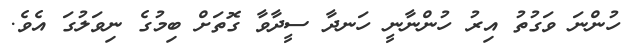
ހުންނަ ވަގުތު އިރު ހުންނާނީ ހަނދާ ސީދާވާ ގޮތަށް ބިމުގެ ނިވަލުގަ އެވެ.